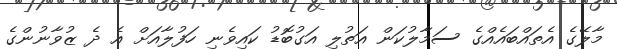
މާލޭގެ އެތައްބައެއްގެ ސަމާލުކަން އަތުލި އަގުބޮޑު ކައިވެނި ހަފުލާއަށް އެ ދެ ޒުވާނުންގެ